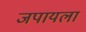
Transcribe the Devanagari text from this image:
जपायला